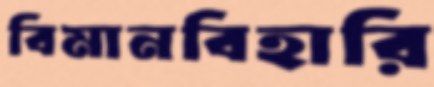
বিমানবিহারি